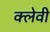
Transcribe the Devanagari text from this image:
क्लेवी